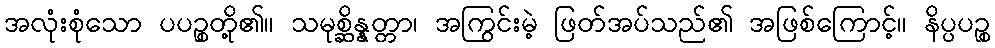
အလုံးစုံသော ပပဉ္စတို့၏။ သမုစ္ဆိန္နတ္တာ၊ အကြွင်းမဲ့ ဖြတ်အပ်သည်၏ အဖြစ်ကြောင့်။ နိပ္ပပဉ္စ